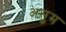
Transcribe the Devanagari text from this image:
असुम